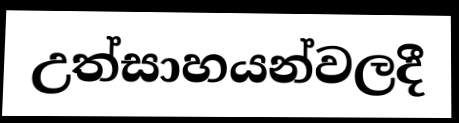
උත්සාහයන්වලදී